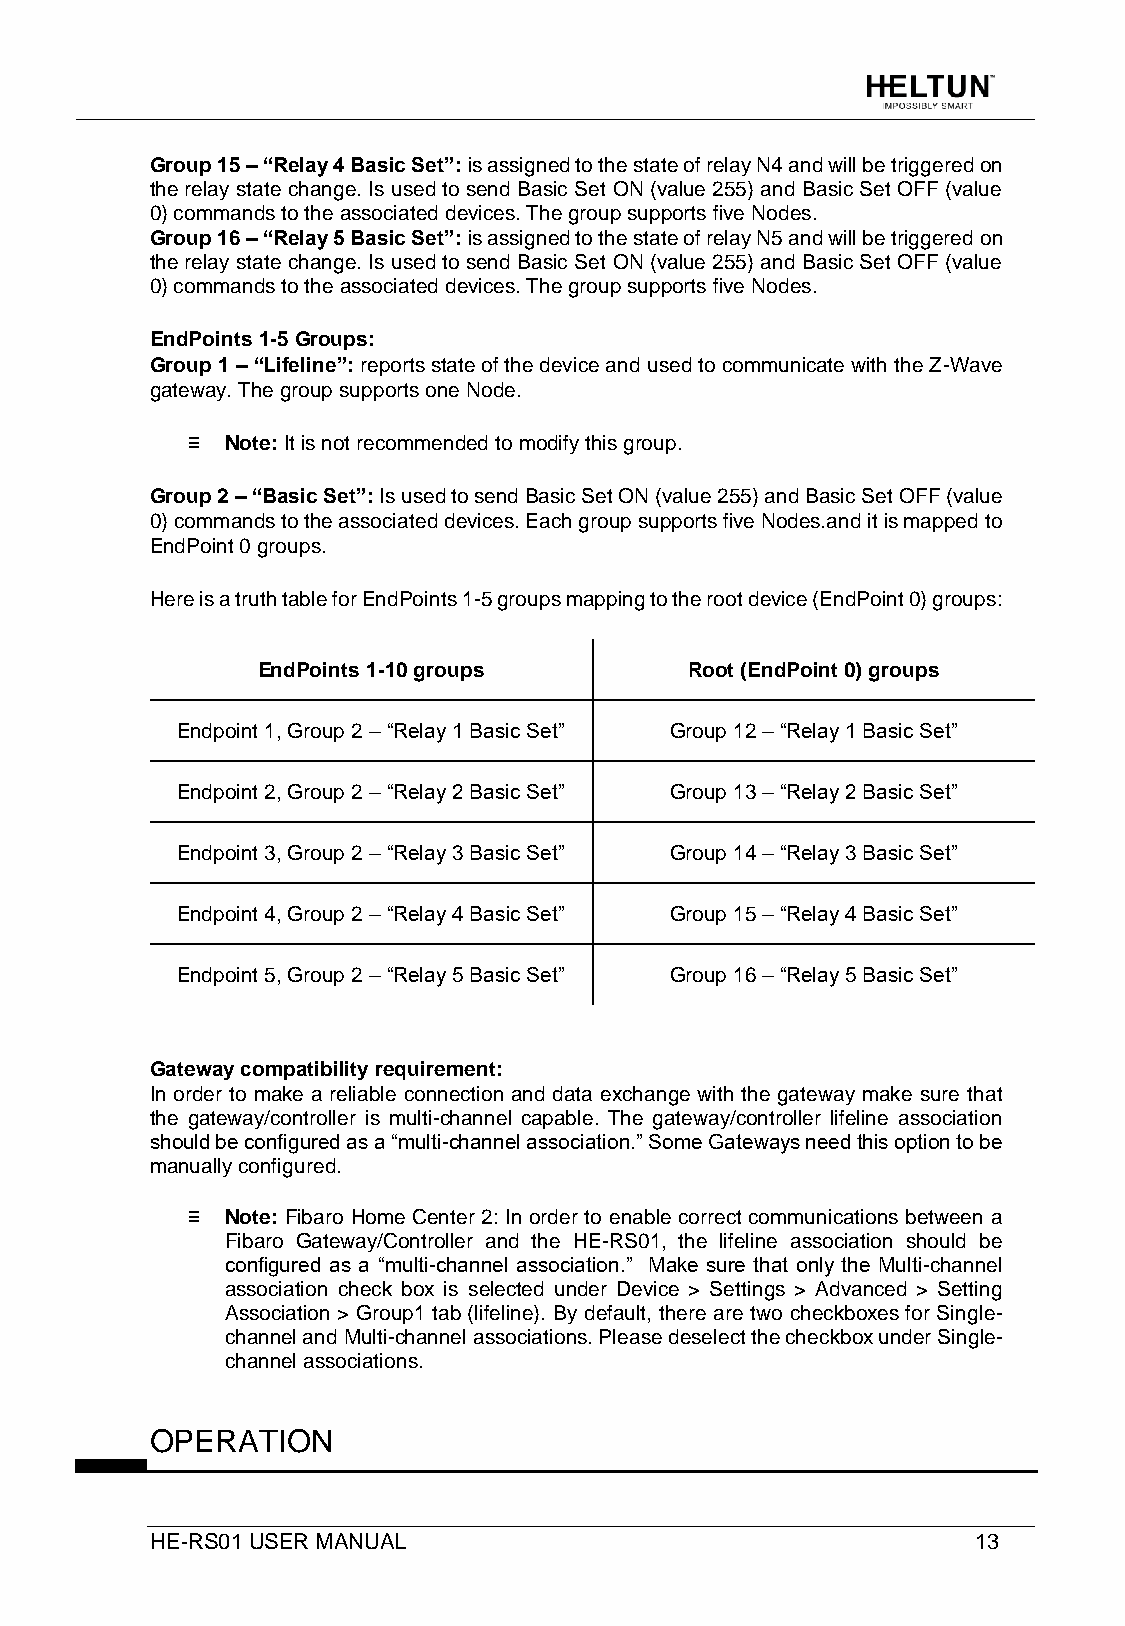
Group 15 – “Relay 4 Basic Set”: is assigned to the state of relay N4 and will be triggered on
 the relay state change. Is used to send Basic Set ON (value 255) and Basic Set OFF (value
 0) commands to the associated devices. The group supports five Nodes.
 Group 16 – “Relay 5 Basic Set”: is assigned to the state of relay N5 and will be triggered on
 the relay state change. Is used to send Basic Set ON (value 255) and Basic Set OFF (value
 0) commands to the associated devices. The group supports five Nodes.
 EndPoints 1-5 Groups:
 Group 1 – “Lifeline”: reports state of the device and used to communicate with the Z-Wave
 gateway. The group supports one Node.
 ≡  Note: It is not recommended to modify this group.
 Group 2 – “Basic Set”: Is used to send Basic Set ON (value 255) and Basic Set OFF (value
 0) commands to the associated devices. Each group supports five Nodes.and it is mapped to
 EndPoint 0 groups.
 Here is a truth table for EndPoints 1-5 groups mapping to the root device (EndPoint 0) groups:
 EndPoints 1-10 groups        Root (EndPoint 0) groups
 Endpoint 1, Group 2 – “Relay 1 Basic Set” Group 12 – “Relay 1 Basic Set”
 Endpoint 2, Group 2 – “Relay 2 Basic Set” Group 13 – “Relay 2 Basic Set”
 Endpoint 3, Group 2 – “Relay 3 Basic Set” Group 14 – “Relay 3 Basic Set”
 Endpoint 4, Group 2 – “Relay 4 Basic Set” Group 15 – “Relay 4 Basic Set”
 Endpoint 5, Group 2 – “Relay 5 Basic Set” Group 16 – “Relay 5 Basic Set”
 Gateway compatibility requirement:
 In order to make a reliable connection and data exchange with the gateway make sure that
 the gateway/controller is multi-channel capable. The gateway/controller lifeline association
 should be configured as a “multi-channel association.” Some Gateways need this option to be
 manually configured.
 ≡  Note: Fibaro Home Center 2: In order to enable correct communications between a
 Fibaro Gateway/Controller and the HE-RS01, the lifeline association should be
 configured as a “multi-channel association.” Make sure that only the Multi-channel
 association check box is selected under Device > Settings > Advanced > Setting
 Association > Group1 tab (lifeline). By default, there are two checkboxes for Single-
 channel and Multi-channel associations. Please deselect the checkbox under Single-
 channel associations.
 OPERATION
 HE-RS01 USER MANUAL                                    13